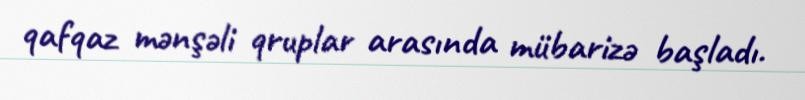
qafqaz mənşəli qruplar arasında mübarizə başladı.